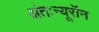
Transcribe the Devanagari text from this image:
अंतःन्यूरॉन